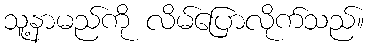
သူ့နာမည်ကို လိမ်ပြောလိုက်သည်။